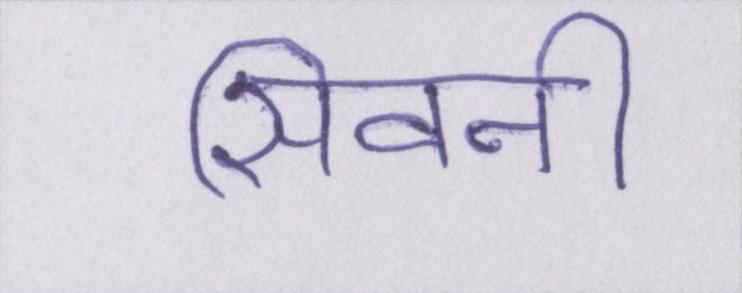
सिवनी